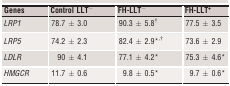
<table><thead><tr><td><b>Genes</b></td><td><b>Control LLT<sup>−</sup></b></td><td><b>FH‐LLT<sup>−</sup></b></td><td><b>FH‐LLT<sup>+</sup></b></td></tr></thead><tbody><tr><td><i>LRP1</i></td><td>78.7 ± 3.0</td><td>90.3 ± 5.8b</td><td>77.5 ± 3.5</td></tr><tr><td><i>LRP5</i></td><td>74.2 ± 2.3</td><td>82.4 ± 2.9a<sup>,</sup>b</td><td>73.6 ± 2.9</td></tr><tr><td><i>LDLR</i></td><td>90 ± 4.1</td><td>77.1 ± 4.2a</td><td>75.3 ± 4.6a</td></tr><tr><td><i>HMGCR</i></td><td>11.7 ± 0.6</td><td>9.8 ± 0.5a</td><td>9.7 ± 0.6a</td></tr></tbody></table>